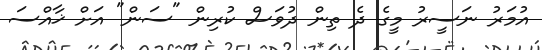
އުމަރު ނަސީރު މީގެ ދެ ތިން ދުވަސް ކުރިން "ސަން" އަށް ޚާއްސަ